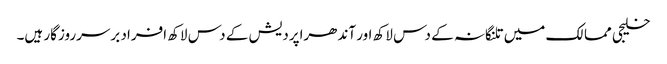
خلیجی ممالک میں تلنگانہ کے دس لاکھ اور آندھراپردیش کے دس لاکھ افراد برسرروزگار ہیں۔